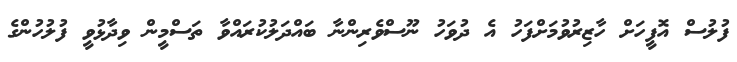
ފުލުސް އޮފީހަށް ހާޒިރުވުމަށްފަހު އެ ދުވަހު ނޫސްވެރިންނާ ބައްދަލުކުރައްވާ ތަސްމީން ވިދާޅުވީ ފުލުުހުންގެ